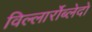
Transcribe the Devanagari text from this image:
विल्लार्रोब्लेदो